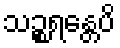
သဉ္စရန္တေပိ